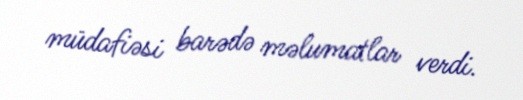
müdafiəsi barədə məlumatlar verdi.